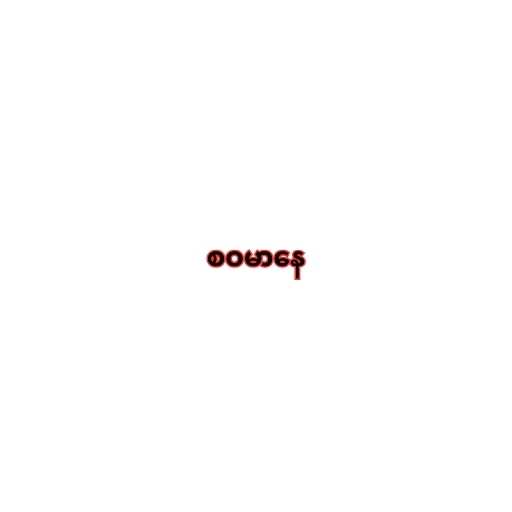
စဝမာနေ